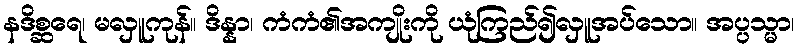
နဒိစ္ဆရေ၊ မလှူကုန်။ ဒိန္နာ၊ ကံကံ၏အကျိုးကို ယုံကြည်၍လှူအပ်သော။ အပ္ပသ္မာ၊